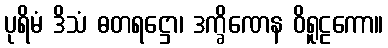
ပုရိမံ ဒိသံ ဓတရဋ္ဌော၊ ဒက္ခိဏေန ဝိရူဠကော။